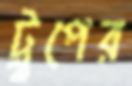
ট্রুপের